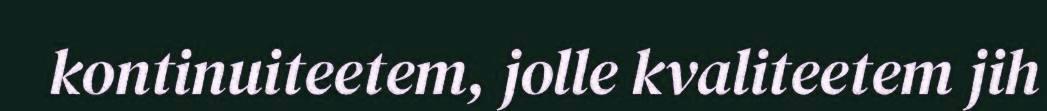
kontinuiteetem, jolle kvaliteetem jih